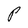
Character: P